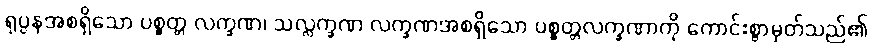
ရုပ္ပနအစရှိသော ပစ္စတ္တ လက္ခဏ၊ သလ္လက္ခဏ လက္ခဏအစရှိသော ပစ္စတ္တလက္ခဏာကို ကောင်းစွာမှတ်သည်၏